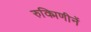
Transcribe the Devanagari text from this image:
रुक्मिणीनें